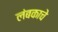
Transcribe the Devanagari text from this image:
लंबकाचे